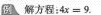
解方程 : $$ 4 x = 9 $$.